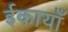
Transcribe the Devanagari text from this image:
ईकायाँ